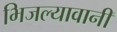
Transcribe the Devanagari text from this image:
भिजल्यावानी